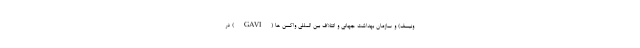
ونیسف) و سازمان بهداشت جهانی و ائتلاف بین المللی واکسن ها (GAVI) در